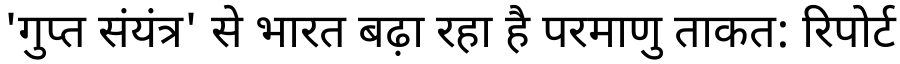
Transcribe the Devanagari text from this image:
'गुप्त संयंत्र' से भारत बढ़ा रहा है परमाणु ताकत: रिपोर्ट